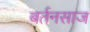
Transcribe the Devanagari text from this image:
बर्तनसाज